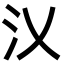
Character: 㲼